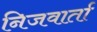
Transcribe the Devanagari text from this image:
निजवार्ता